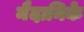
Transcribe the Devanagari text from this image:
नैदानिके